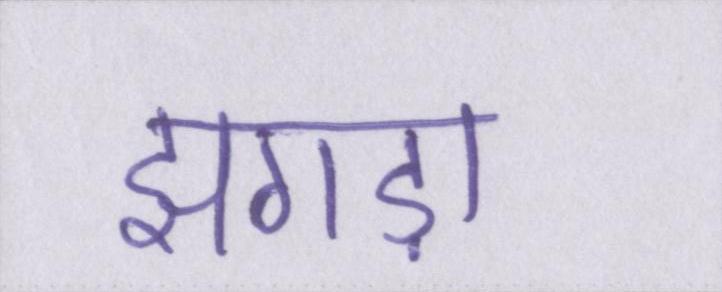
झगड़ा